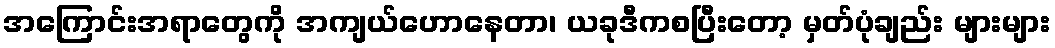
အကြောင်းအရာတွေကို အကျယ်ဟောနေတာ၊ ယခုဒီကစပြီးတော့ မှတ်ပုံချည်း များများ